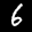
Label: 6